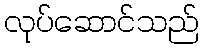
လုပ်ဆောင်သည်